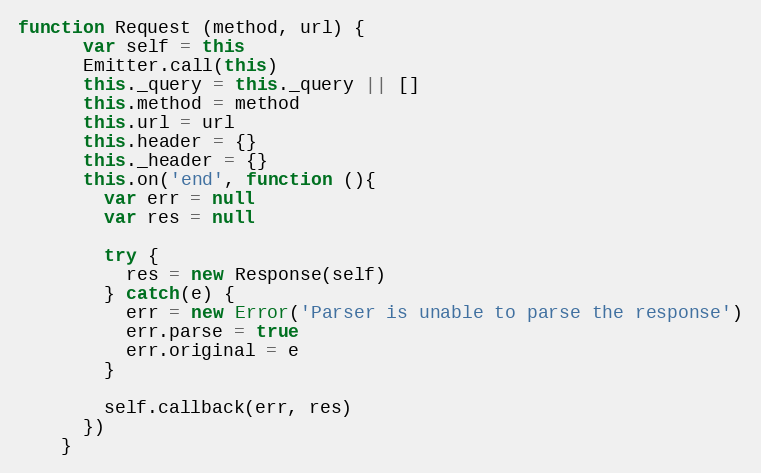
Language: JavaScript
function Request (method, url) {
      var self = this
      Emitter.call(this)
      this._query = this._query || []
      this.method = method
      this.url = url
      this.header = {}
      this._header = {}
      this.on('end', function (){
        var err = null
        var res = null

        try {
          res = new Response(self)
        } catch(e) {
          err = new Error('Parser is unable to parse the response')
          err.parse = true
          err.original = e
        }

        self.callback(err, res)
      })
    }